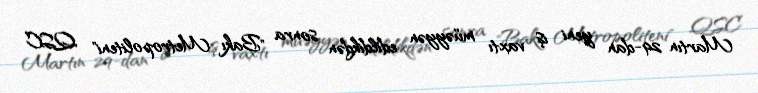
Martın 29-dan yeni iş vaxtı müəyyən edildikdən sonra "Bakı Metropoliteni" QSC